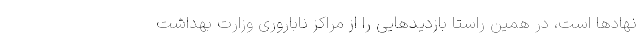
نهادها است، در همین راستا بازدیدهایی را از مراکز ناباروری وزارت بهداشت